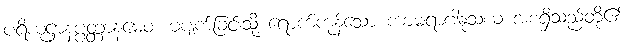
ပရိယုဋ္ဌာနပ္ပတ္တာနမေဝ၊ မပျက်ခြင်းသို့ ရောက်ကုန်သော ကာမရာဂါနုသယ အစရှိသည်တို့၏